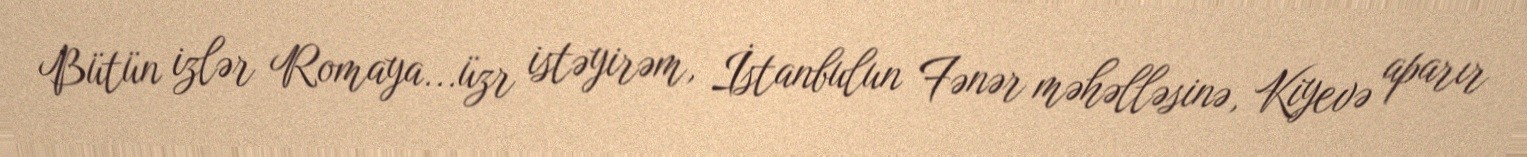
Bütün izlər Romaya...üzr istəyirəm, İstanbulun Fənər məhəlləsinə, Kiyevə aparır